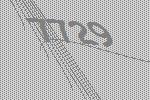
7729